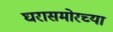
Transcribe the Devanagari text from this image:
घरासमोरच्या